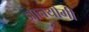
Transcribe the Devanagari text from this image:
ज्ञानयोगी